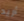
أريد